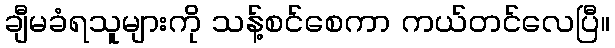
ချီမခံရသူများကို သန့်စင်စေကာ ကယ်တင်လေပြီ။